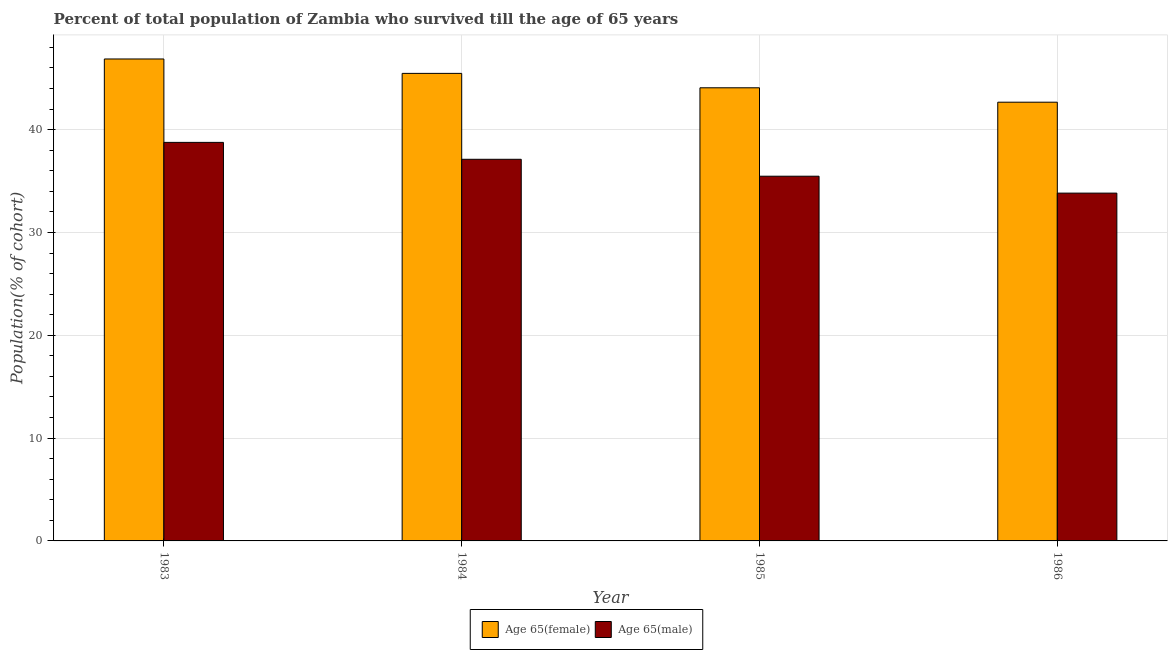
| Year | Age 65(female) | Age 65(male) |
 | --- | --- | --- |
 | 1983 | 46.9 | 38.8 |
 | 1984 | 45.5 | 37.1 |
 | 1985 | 44.1 | 35.5 |
 | 1986 | 42.7 | 33.8 |